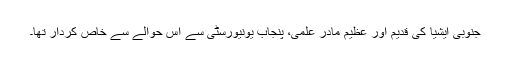
جنوبی ایشیا کی قدیم اور عظیم مادرِ علمی، پنجاب یونیورسٹی سے اس حوالے سے خاص کردار تھا۔